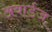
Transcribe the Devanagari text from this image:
अवार्डज